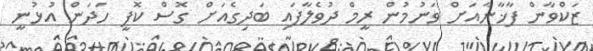
ޒަކްވާން ފާޚާނާއަށް ވަނުމުން ރީމް ދުވެލާފައި ބަދިގެއަށް ގޮސް ކޮފީ ހަދަން އުޅުނީ